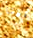
تأتينا